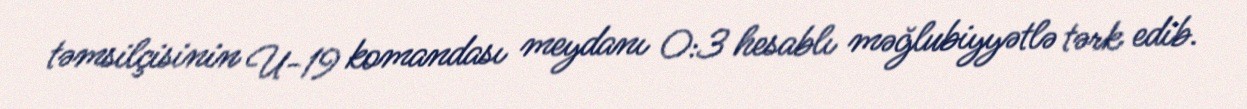
təmsilçisinin U-19 komandası meydanı 0:3 hesablı məğlubiyyətlə tərk edib.